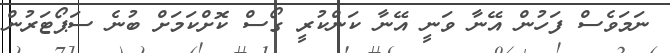
ނަމަވެސް ފަހުން އޭނާ ވަނީ އޭނާ ކަންކުރީ ގޯސް ކޮށްކަމަށް ބުނެ ސަޕޯޓަރުން